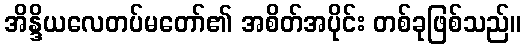
အိန္ဒိယလေတပ်မတော်၏ အစိတ်အပိုင်း တစ်ခုဖြစ်သည်။